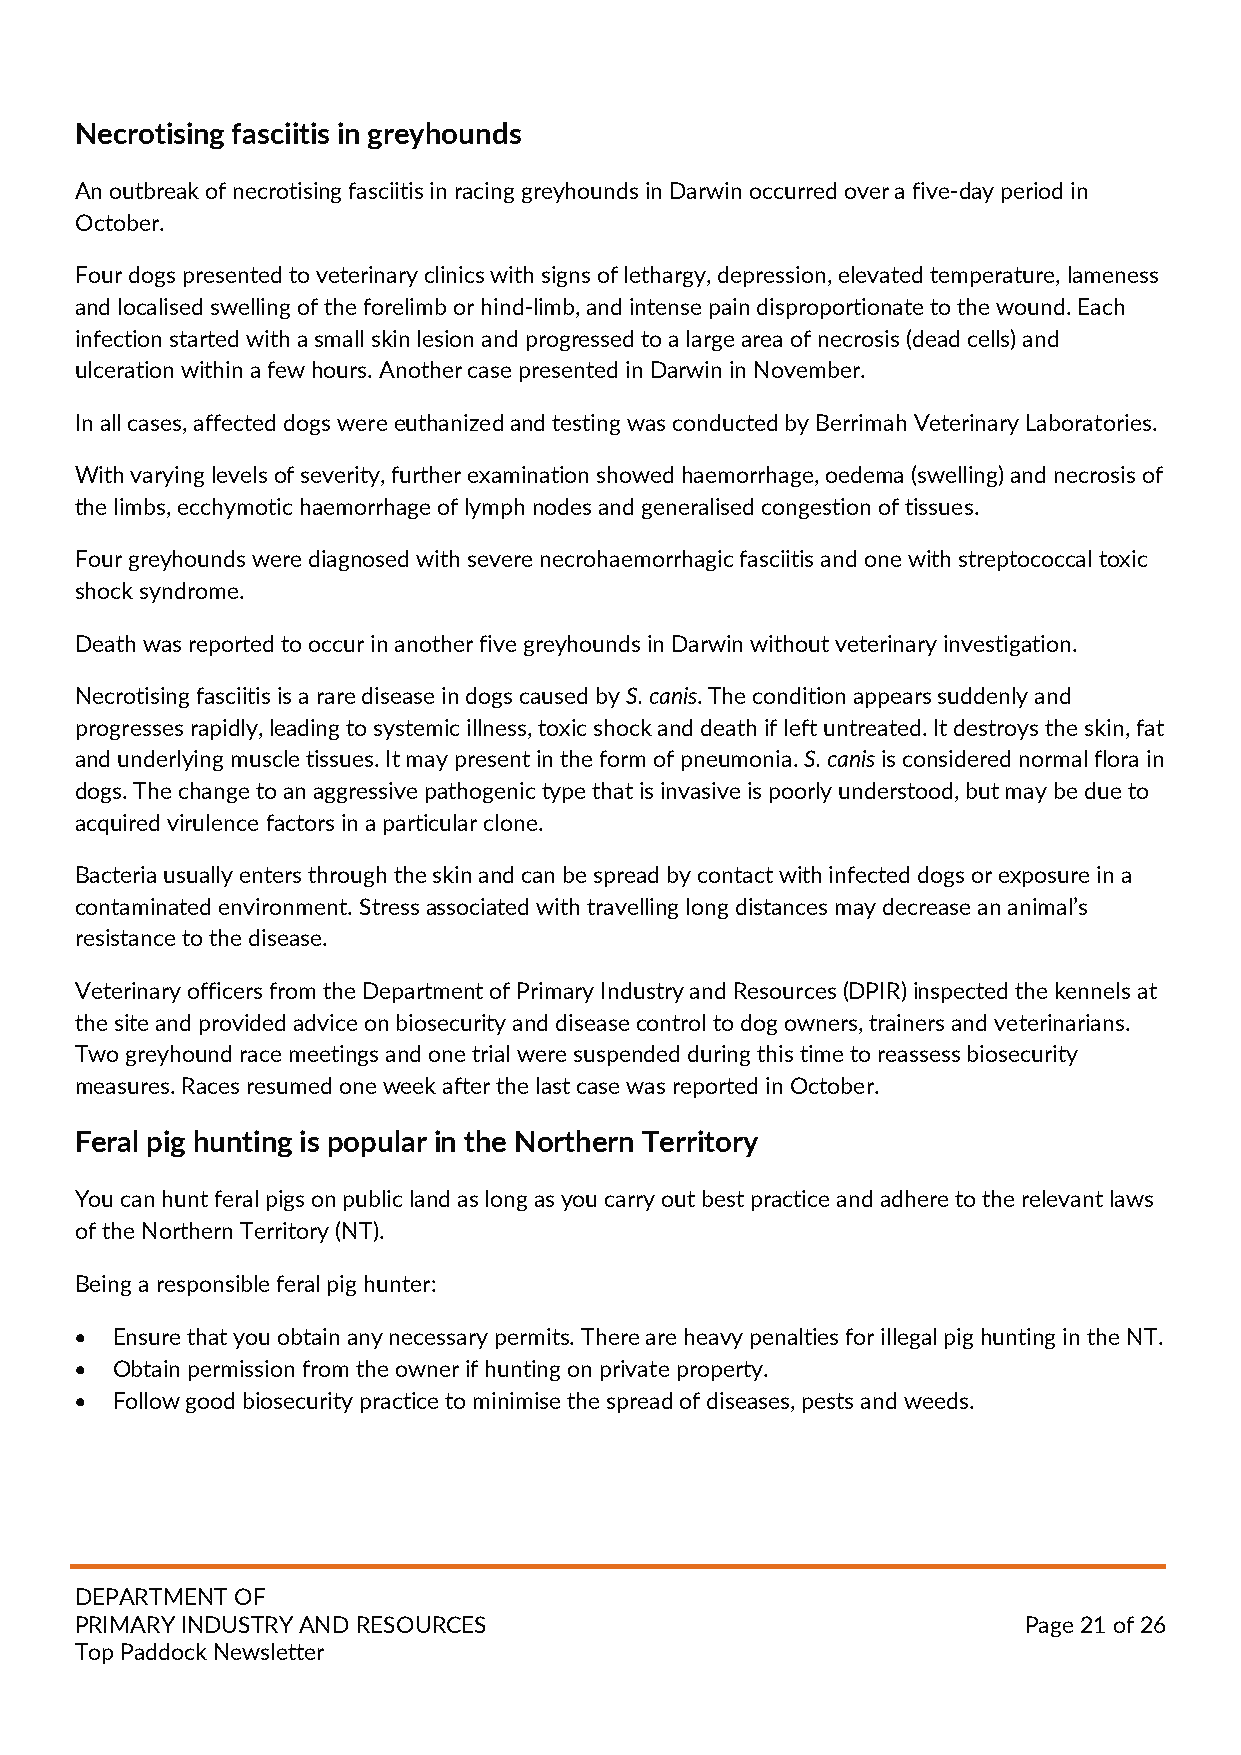
Necrotising fasciitis in greyhounds
 An outbreak of necrotising fasciitis in racing greyhounds in Darwin occurred over a five-day period in
 October.
 Four dogs presented to veterinary clinics with signs of lethargy, depression, elevated temperature, lameness
 and localised swelling of the forelimb or hind-limb, and intense pain disproportionate to the wound. Each
 infection started with a small skin lesion and progressed to a large area of necrosis (dead cells) and
 ulceration within a few hours. Another case presented in Darwin in November.
 In all cases, affected dogs were euthanized and testing was conducted by Berrimah Veterinary Laboratories.
 With varying levels of severity, further examination showed haemorrhage, oedema (swelling) and necrosis of
 the limbs, ecchymotic haemorrhage of lymph nodes and generalised congestion of tissues.
 Four greyhounds were diagnosed with severe necrohaemorrhagic fasciitis and one with streptococcal toxic
 shock syndrome.
 Death was reported to occur in another five greyhounds in Darwin without veterinary investigation.
 Necrotising fasciitis is a rare disease in dogs caused by S. canis. The condition appears suddenly and
 progresses rapidly, leading to systemic illness, toxic shock and death if left untreated. It destroys the skin, fat
 and underlying muscle tissues. It may present in the form of pneumonia. S. canis is considered normal flora in
 dogs. The change to an aggressive pathogenic type that is invasive is poorly understood, but may be due to
 acquired virulence factors in a particular clone.
 Bacteria usually enters through the skin and can be spread by contact with infected dogs or exposure in a
 contaminated environment. Stress associated with travelling long distances may decrease an animal’s
 resistance to the disease.
 Veterinary officers from the Department of Primary Industry and Resources (DPIR) inspected the kennels at
 the site and provided advice on biosecurity and disease control to dog owners, trainers and veterinarians.
 Two greyhound race meetings and one trial were suspended during this time to reassess biosecurity
 measures. Races resumed one week after the last case was reported in October.
 Feral pig hunting is popular in the Northern Territory
 You can hunt feral pigs on public land as long as you carry out best practice and adhere to the relevant laws
 of the Northern Territory (NT).
 Being a responsible feral pig hunter:
 • Ensure that you obtain any necessary permits. There are heavy penalties for illegal pig hunting in the NT.
 • Obtain permission from the owner if hunting on private property.
 • Follow good biosecurity practice to minimise the spread of diseases, pests and weeds.
 DEPARTMENT OF
 PRIMARY INDUSTRY AND RESOURCES                                 Page 21 of 26
 Top Paddock Newsletter